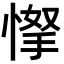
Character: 𢜲